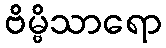
ဗိမ္ဗိသာရော